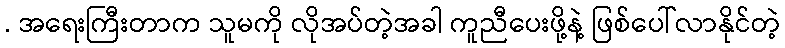
. အရေးကြီးတာက သူမကို လိုအပ်တဲ့အခါ ကူညီပေးဖို့နဲ့ ဖြစ်ပေါ်လာနိုင်တဲ့